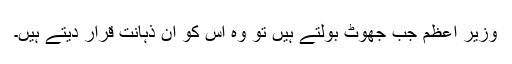
وزیر اعظم جب جھوٹ بولتے ہیں تو وہ اس کو ان ذہانت قرار دیتے ہیں۔